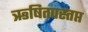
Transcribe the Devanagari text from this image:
ऋषितपस्तप्त